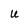
Character: u